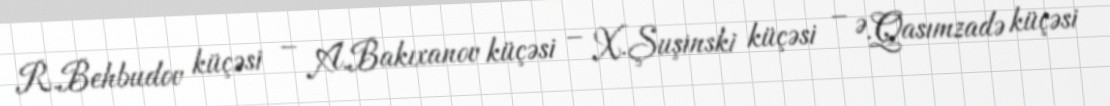
R.Behbudov küçəsi – A.Bakıxanov küçəsi – X.Şuşinski küçəsi – Ə.Qasımzadə küçəsi